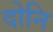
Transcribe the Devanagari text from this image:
दोनि